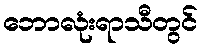
ဘောလုံးရာသီတွင်